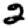
Digit: 2